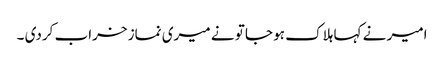
امیر نے کہا ہلاک ہو جا تو نے میری نماز خراب کردی ۔